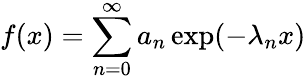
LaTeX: f(x)=\sum_{n=0}^{\infty}a_{n}\exp(-\lambda_{n}x)